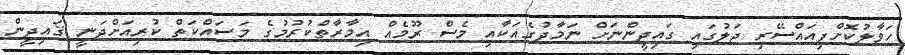
ހަވާލުކޮށްފިއައްސޭރި ޖަލުގައި ގައިދީންނަށް ނަމާދުގެއަކާއި މެސް ރޫމެއް އިމާރާތްކުރުމުގެ މަސައްކަތް ކުރިއަށްދަނީ ޤައިދީން